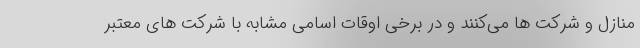
منازل و شرکت ها می‌کنند و در برخی اوقات اسامی مشابه با شرکت های معتبر